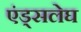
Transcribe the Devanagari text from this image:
एंड्सलेघ